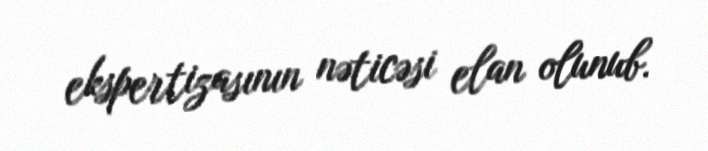
ekspertizasının nəticəsi elan olunub.